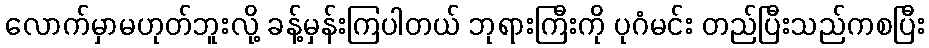
လောက်မှာမဟုတ်ဘူးလို့ ခန့်မှန်းကြပါတယ် ဘုရားကြီးကို ပုဂံမင်း တည်ပြီးသည်ကစပြီး